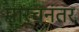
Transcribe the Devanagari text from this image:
मार्चनंतर